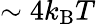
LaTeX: \sim 4k_{\mathrm{B}}T